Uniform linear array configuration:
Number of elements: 64
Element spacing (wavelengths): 1
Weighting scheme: hamming
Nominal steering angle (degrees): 0
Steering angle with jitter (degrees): -1.499
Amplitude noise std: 0.05
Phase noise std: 0.05

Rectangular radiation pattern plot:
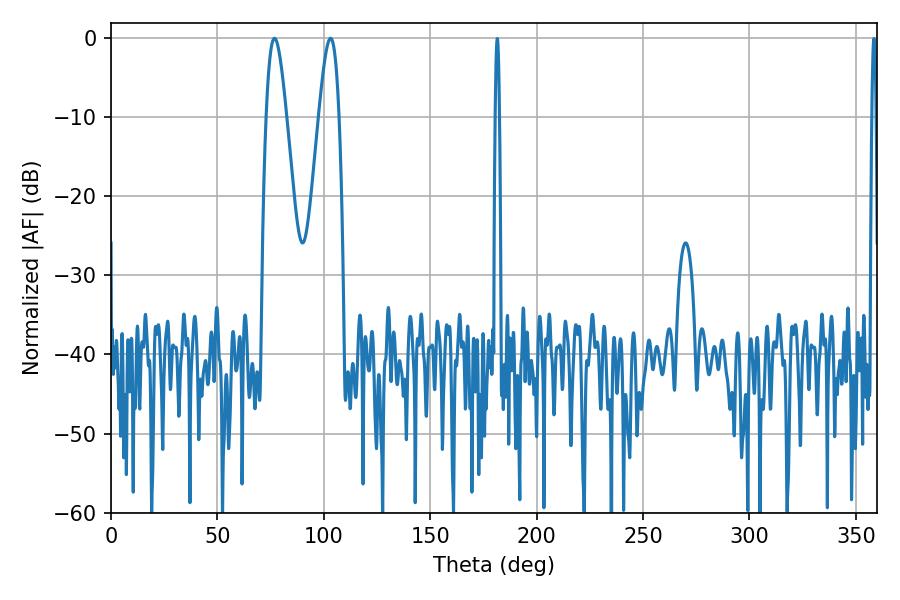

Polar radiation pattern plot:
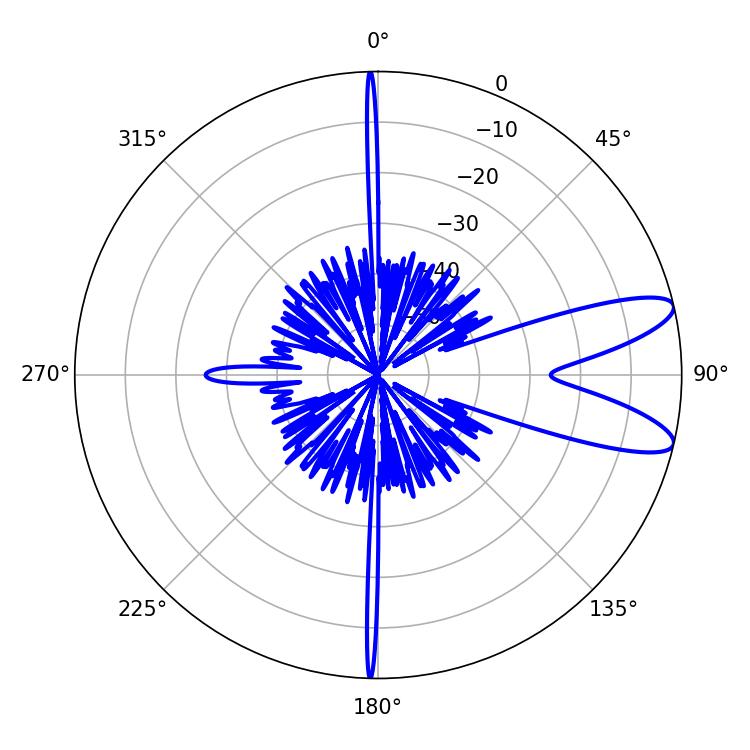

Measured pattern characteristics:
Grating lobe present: TRUE
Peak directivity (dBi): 10.183
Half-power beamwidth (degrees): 5.04
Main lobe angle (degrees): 76.86